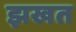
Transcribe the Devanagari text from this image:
झखत